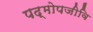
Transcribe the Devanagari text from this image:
पद्मोपजीवि